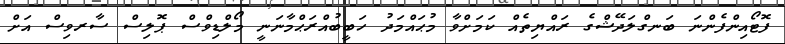
ފޮޓޯއިންފެންނަ ބަނގްލަދޭޝްގެ ރައްޔިތެއް ކަމަށްވާ މުޙައްމަދު ހަބީބުއްރަޙްމާނަނީ މޯލްޑިވްސް ޕޮލިސް ސާރވިސް އަށް